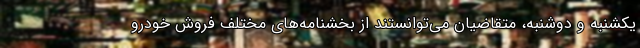
یکشنبه و دوشنبه، متقاضیان می‌توانستند از بخشنامه‌های مختلف فروش خودرو